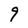
Character: 9